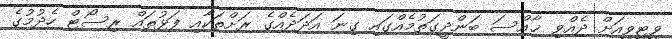
ވީޓީވީއަށް ދެއްވި ޚާއްސަ ބަންދީގަތުމެއްގައި ގިނަ އަދަދެއްގެ ރަށްތަކާއި ފަޅުތައް ރިސޯޓް ހެދުމުގެ